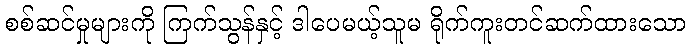
စစ်ဆင်မှုများကို ကြက်သွန်နှင့် ဒါပေမယ့်သူမ ရိုက်ကူးတင်ဆက်ထားသော